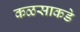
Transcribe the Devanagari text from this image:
कळसाकडे